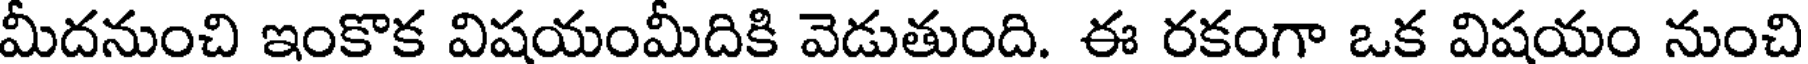
మీదనుంచి ఇంకొక విషయంమీదికి వెడుతుంది. ఈ రకంగా ఒక విషయం నుంచి